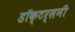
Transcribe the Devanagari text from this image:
डॉक्टर्सनी